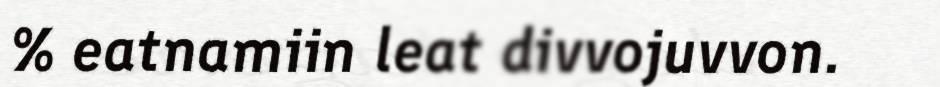
% eatnamiin leat divvojuvvon.